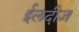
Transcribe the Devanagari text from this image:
ईलदीज़